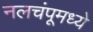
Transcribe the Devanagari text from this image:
नलचंपूमध्ये